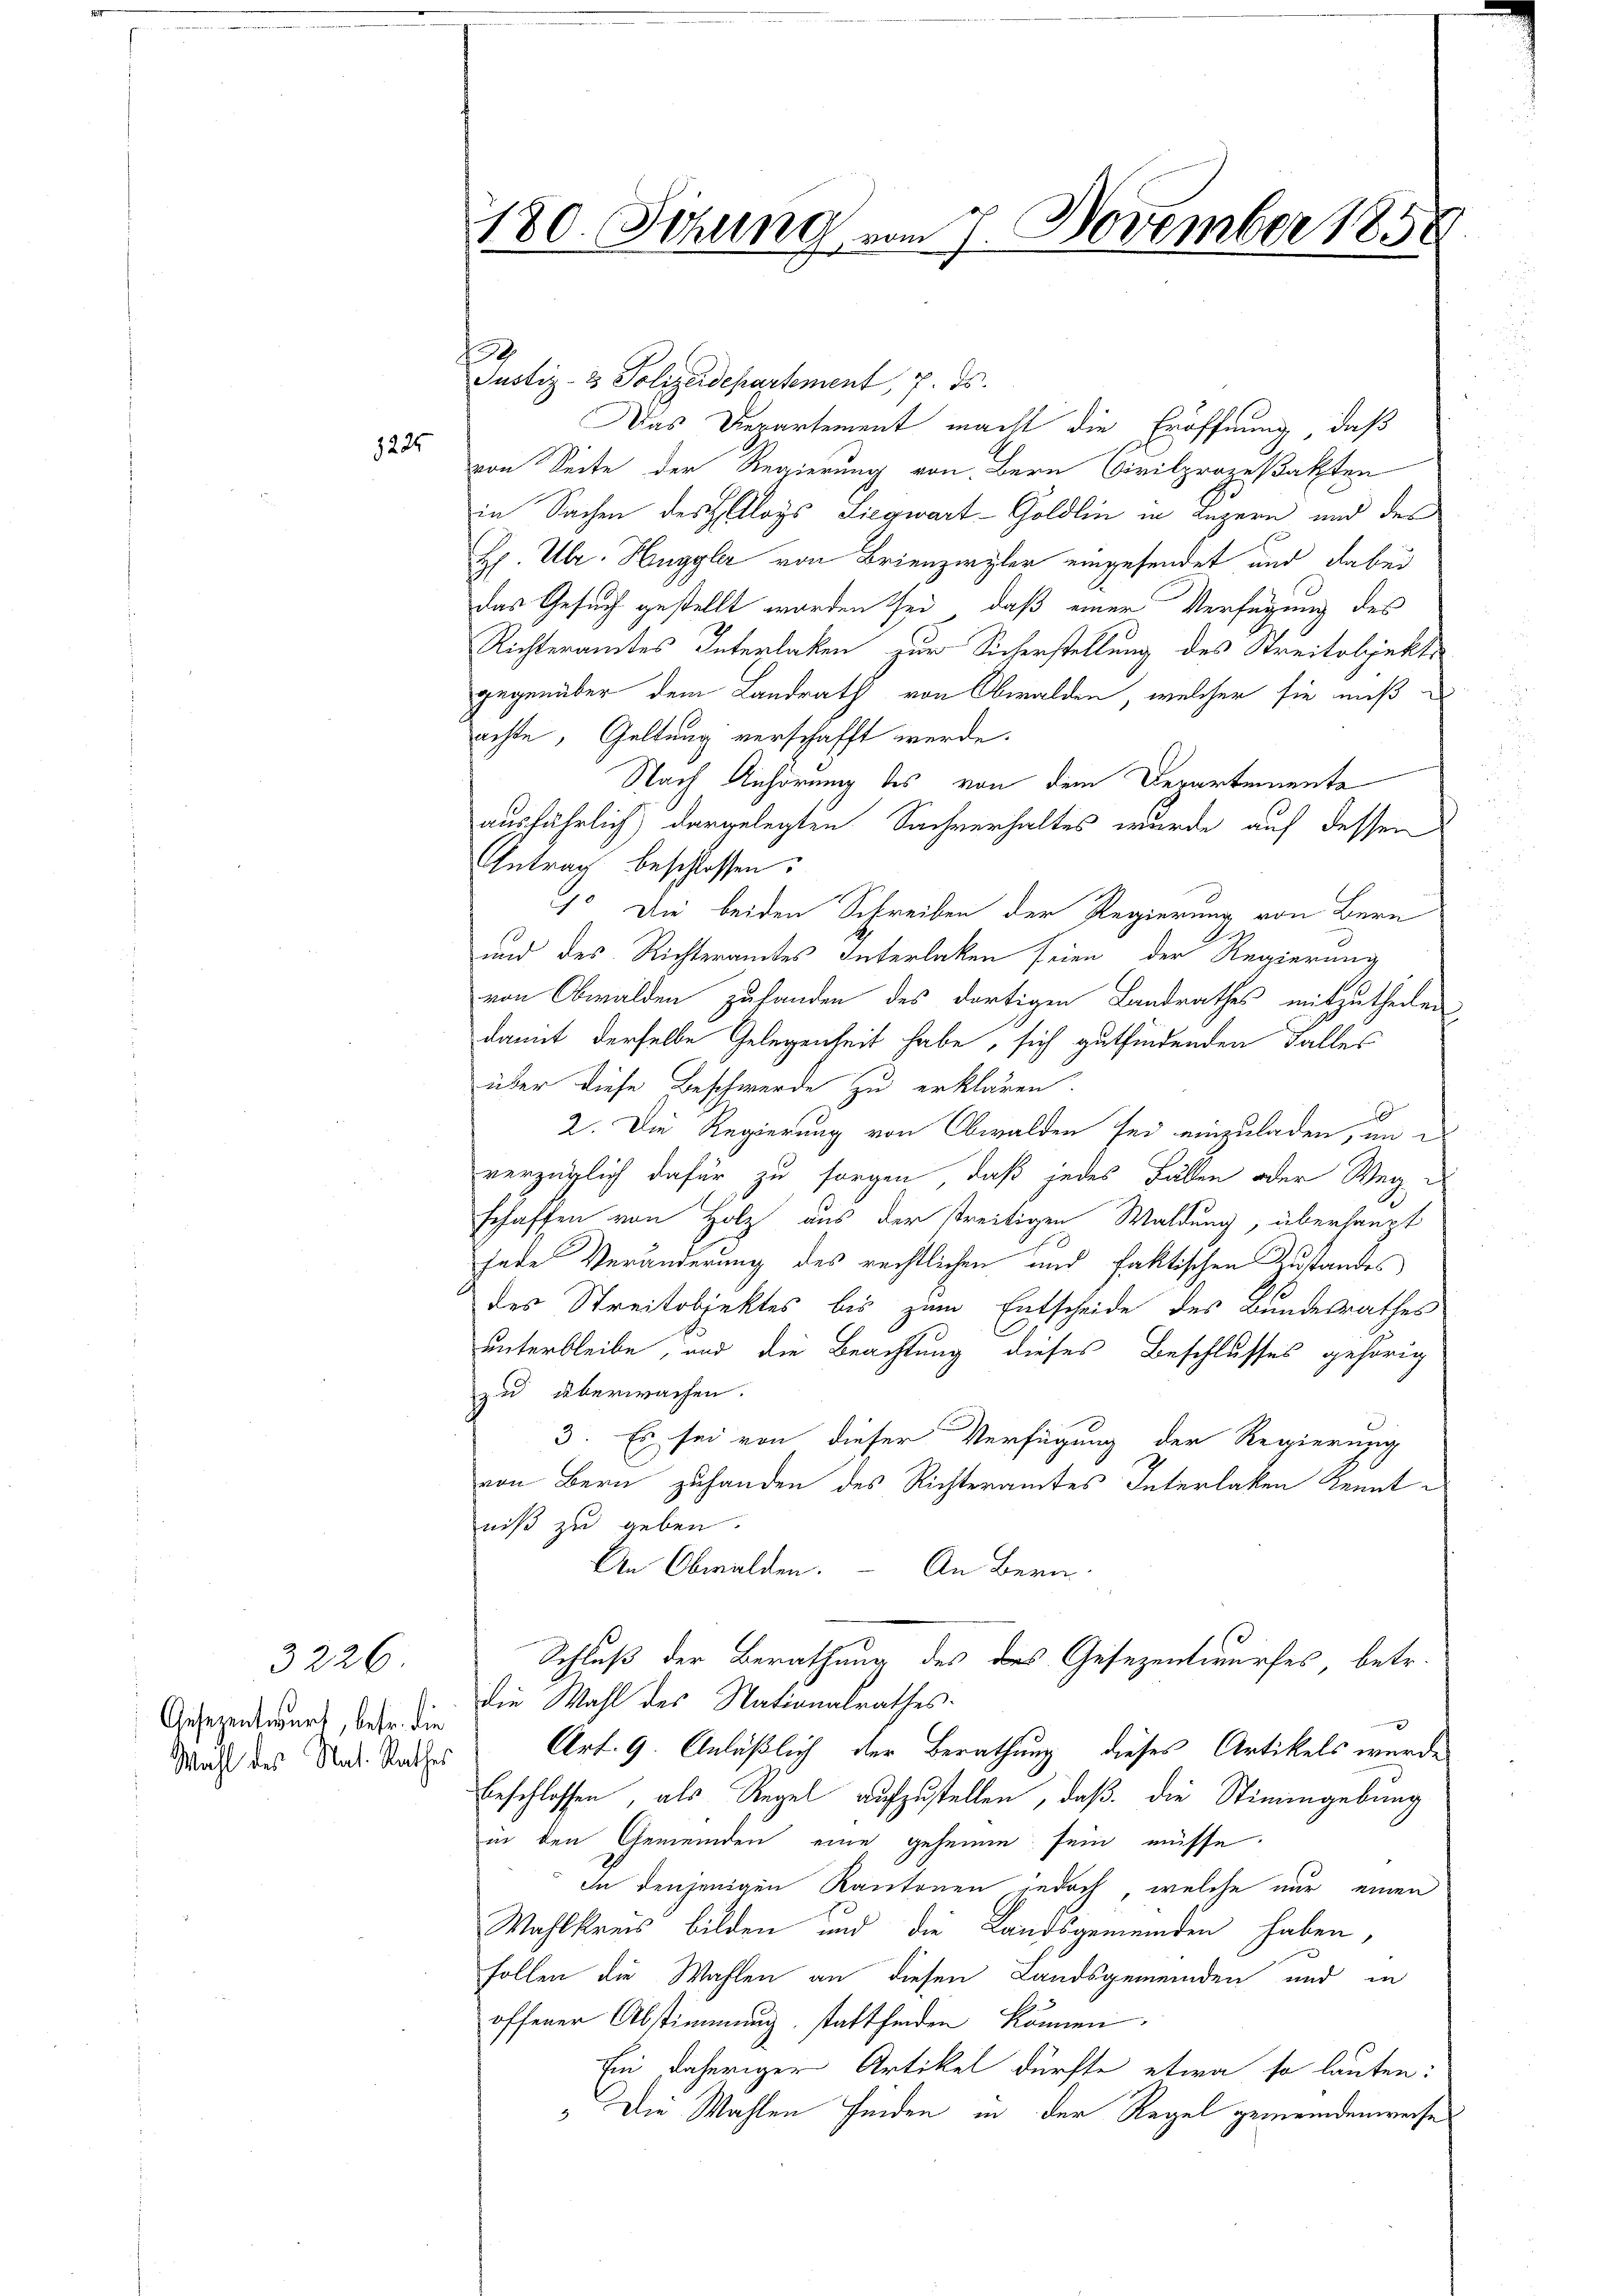
1225

Aesezentwurf, betr. die
Wahl des Nat. Rathes

3226.

180. Sitzung vom 7. November 185

.

Justiz- & Polizeidepartement, 7. ds.
Das Departement macht die Eröffnung, daß
von Seite der Regierung von Bern Civilprozeßakten
in Sachen der Aloys Liegwart-Goldlin in Luzern und des
H. Ulr. Huggler von Brienzirzler eingesendet und dabei
Das Gesuch gestellt worden sei, daß einer Verfügung des
Richteramtes Interlaken zur Sicherstellung des Streitobjekte
gegenüber dem Landrath von Obwalden, welcher sie muß
achte, Geltung verschafft werde.
Nach Anhörung des von dem Departemente
ausfährlich dargelegten Sachverhaltes wurde auf dessen
Antrag beschlossen:
1. Die beiden Schreiben der Regierung von Bern
und des Richteramtes Interlaken seien, der Regierung
von Obwalden zufanden des dortigen Landrathes mitzutheilen
damit derselbe Gelegenheit habe, sich gutfindenden Falles
über diese Beschwerde zu erklären.
2. Die Regierung von Obwalden sei einzuladen, an e
verzüglich dafür zu sorgen, daß jedes Fällen oder Weg¬
1
schaffen von Holz aus der streitigen Waldung, überhaupt
Jede Veränderung des rechtlichen und faktischen Zustandes
des Streitobjektes bis zum Entscheide des Bundesrathes
unterbleibe, und die Beachtung dieses Beschlusses gehörig
zu überwachen.
3. Es sei von dieser Verfügung der Regierung
von Bern zuhanden des Richteramtes Interlaken Kennt
niß zu geben.
An Obwalden. – An Bern
Schluß der Berathung des des Gesezentwurfes, betr.
die Wahl des Nationalrathes.
Art. 9. Anläßlich der Berathung dieses Artikels wurde
beschlossen, als Regel aufzustellen, daß die Stimmgebung
in den Gemeinden eine geheime sein müsse.
In denjenigen Kantonen jedoch, welche nur einen
Wahlkreis bilden und die Landsgemeinden haben,
Follen die Wahlen an diesen Landsgemeinden und in
offener Abstimmung, stattfinden können.
Ein daheriger Artikel dürfte etwa so lauten:
 Die Wahlen finden in der Regel gemeindenweise